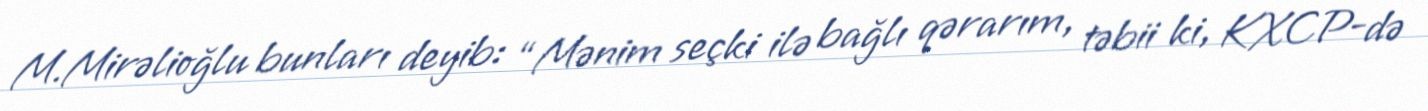
M.Mirəlioğlu bunları deyib: “Mənim seçki ilə bağlı qərarım, təbii ki, KXCP-də